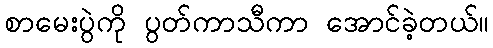
စာမေးပွဲကို ပွတ်ကာသီကာ အောင်ခဲ့တယ်။